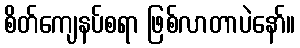
စိတ်ကျေနပ်စရာ ဖြစ်လာတာပဲနော်။